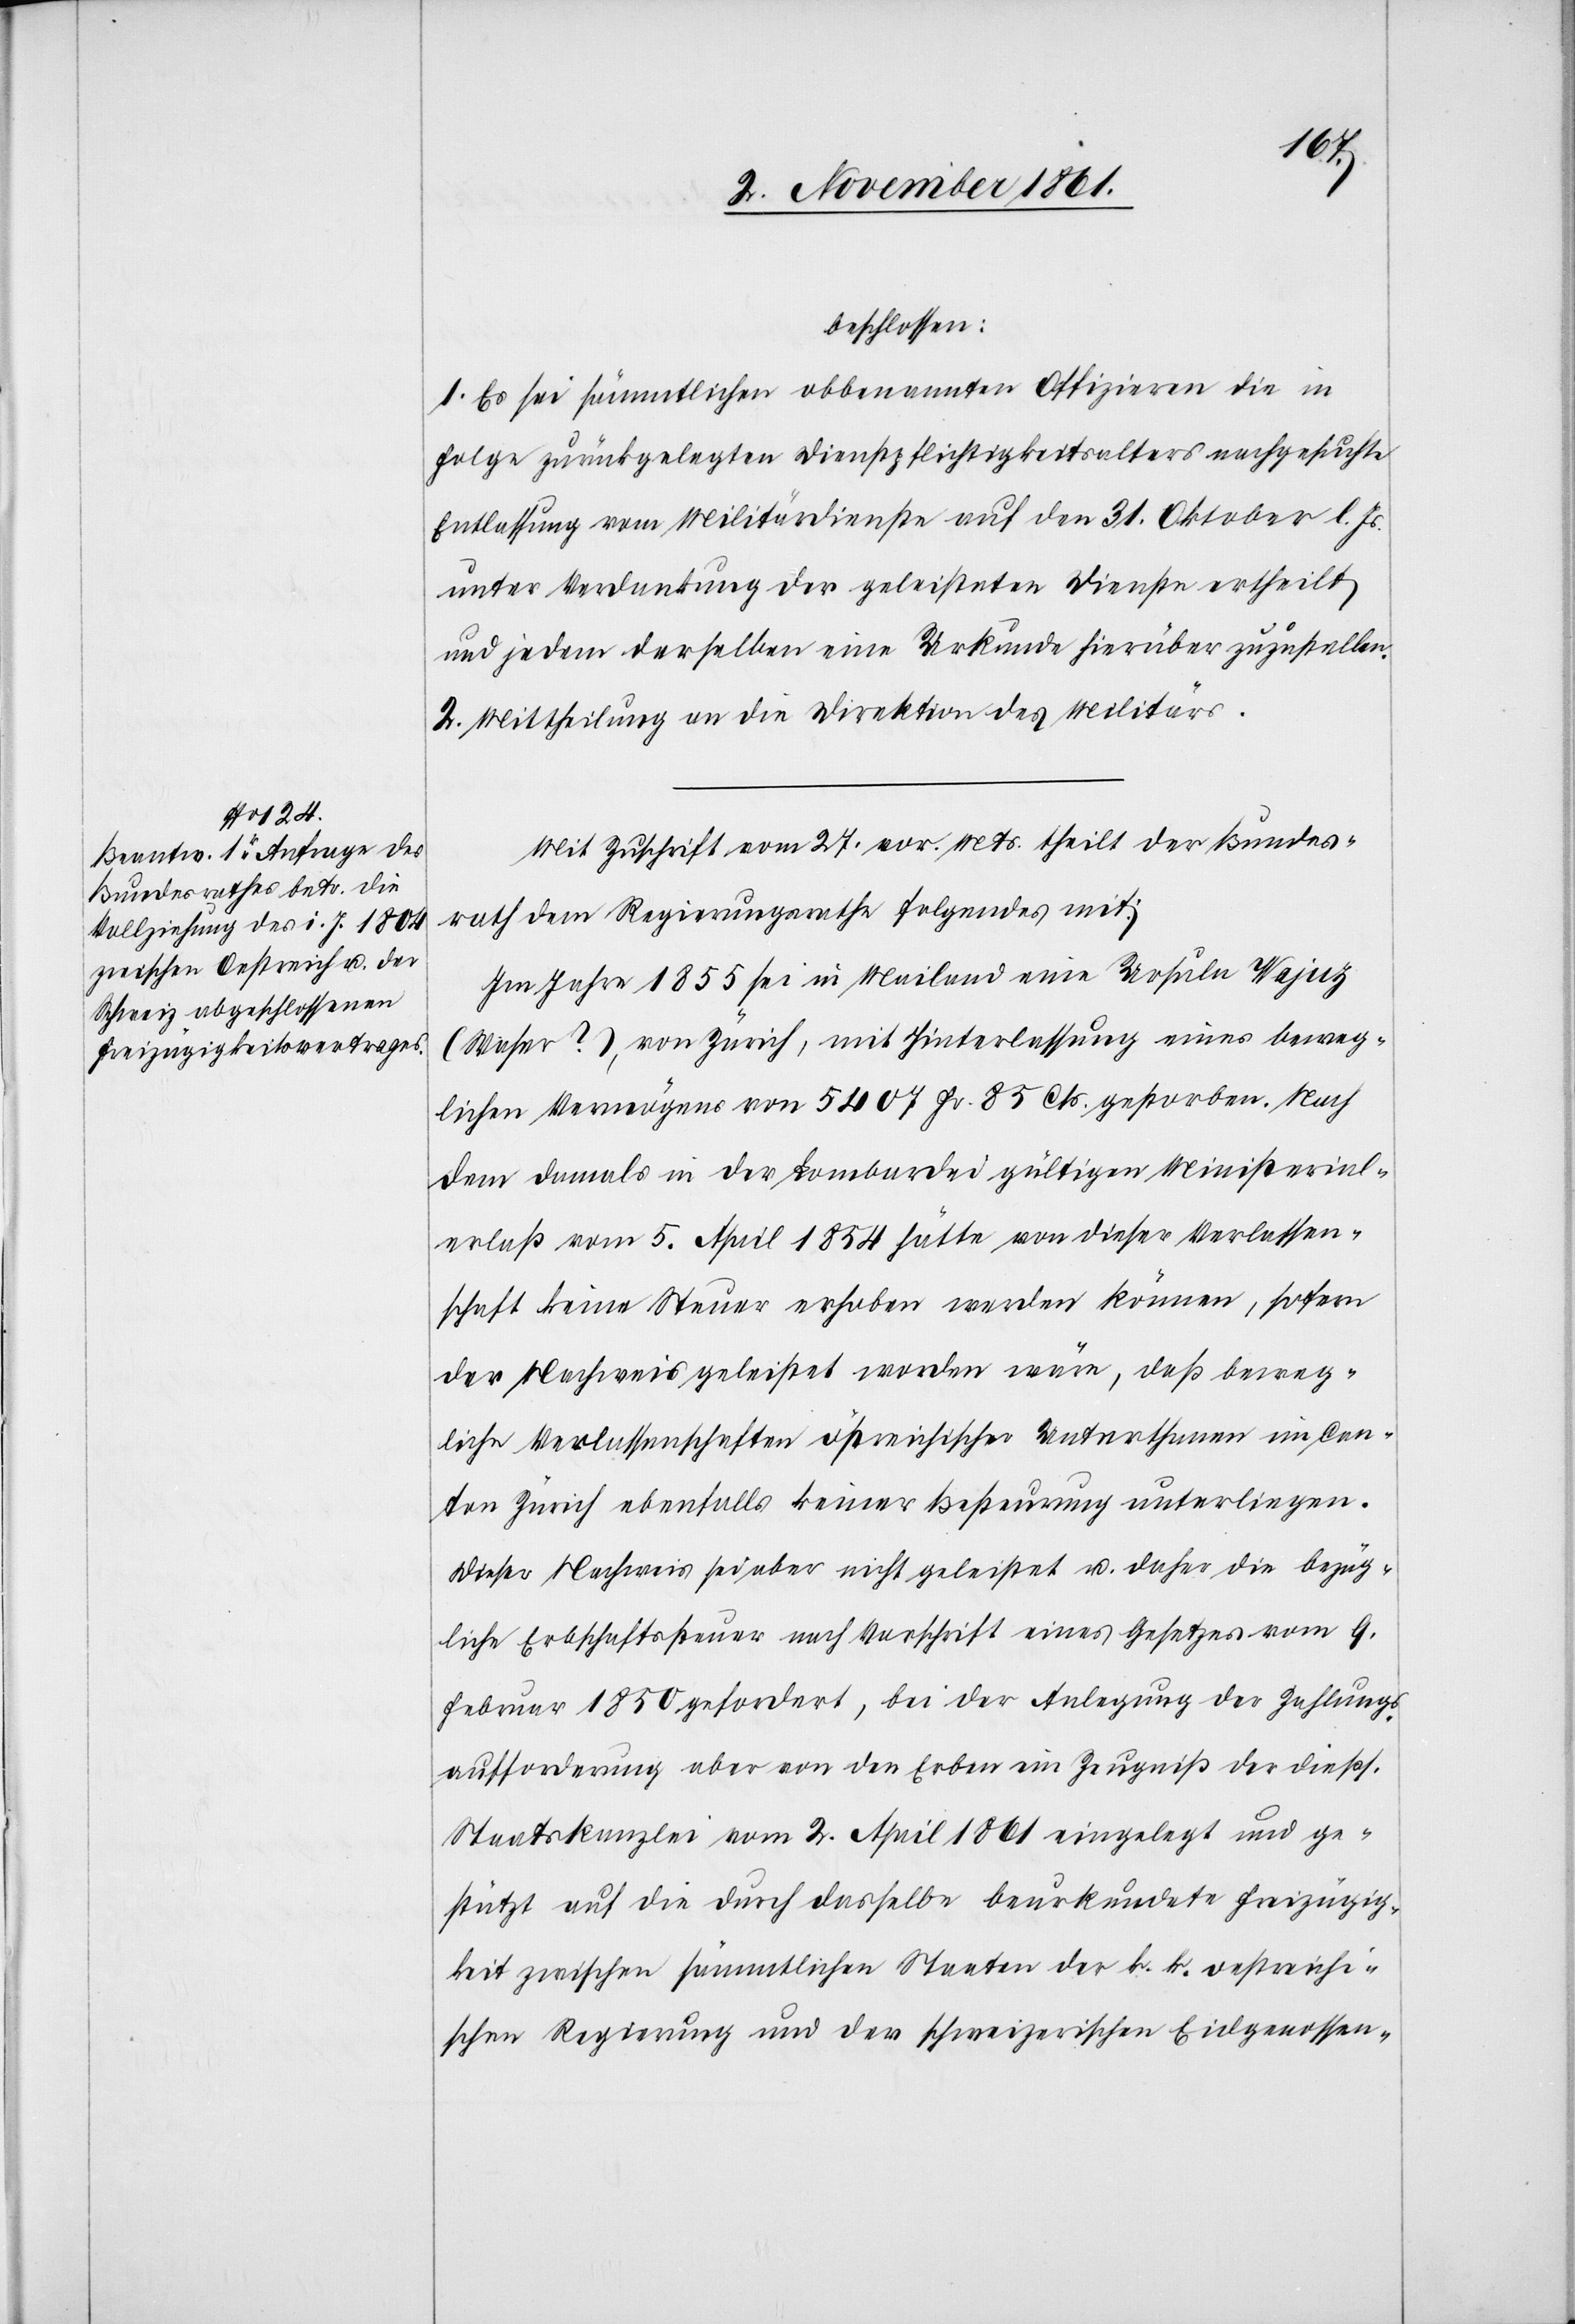
beschlossen:
1. Es sei sämmtlichen obbenannten Offizieren die in
Folge zurückgelegten Dienstpflichtigkeitsalters nachgesuchte
Entlassung vom Militärdienste auf den 31 October l. Js.
unter Verdankung der geleisteten Dienste ertheilt
und jedem derselben eine Urkunde hierüber zuzustellen.
2. Mittheilung an die Direktion des Militärs.
Mit Zuschrift vom 27 vor. Mts. theilt der Bundes¬
rath dem Regierungsrathe folgendes mit:
Im Jahre 1855 sei in Mailand eine Ursula Wajuz
(Waser?), von Zürich, mit Hinterlassung eines beweg¬
lichen Vermögens von 5407 Fr. 85 Cts. gestorben. Nach
dem damals in der Lombardei gültigen Ministerial¬
erlaß vom 5 April 1854 hätte von dieser Verlassen¬
schaft keine Steuer erhoben werden können, sofern
der Nachweis geleistet worden wäre, daß beweg¬
liche Verlassenschaften österreichischer Unterthanen im Can¬
ton Zürich ebenfalls keiner Besteurung unterliegen.
Dieser Nachweis sei aber nicht geleistet u. daher die bezüg¬
liche Erbschaftssteuer nach Vorschrift eines Gesetzes vom 9
Februar 1850 gefordert, bei der Anlegung der Zahlungs¬
aufforderung aber von den Erben ein Zeugniß der dießf.
Staatskanzlei vom 2 April 1861 eingelegt und ge¬
stützt auf die durch dasselbe beurkundete Freizügig¬
keit zwischen sämmtlichen Staaten der k. k. oestreichi¬
schen Regierung und der schweizerischen Eidgenossen-